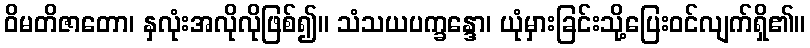
ဝိမတိဇာတော၊ နှလုံးအလိုလိုဖြစ်၍။ သံသယပက္ခန္ဒော၊ ယုံမှားခြင်းသို့ပြေးဝင်လျက်ရှိ၏။